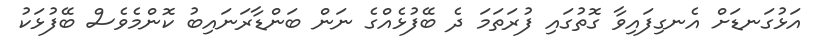
އަޅުގަނޑަށް އެނގިފައިވާ ގޮތުގައި ފުރަތަމަ ދެ ބޭފުޅެއްގެ ނަން ބަންޑާރަނައިބު ކޮންމެވެސް ބޭފުޅަކު